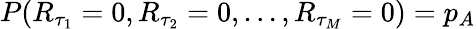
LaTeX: P(R_{\tau_{1}}=0,R_{\tau_{2}}=0,...,R_{\tau_{M}}=0)=p_{A}